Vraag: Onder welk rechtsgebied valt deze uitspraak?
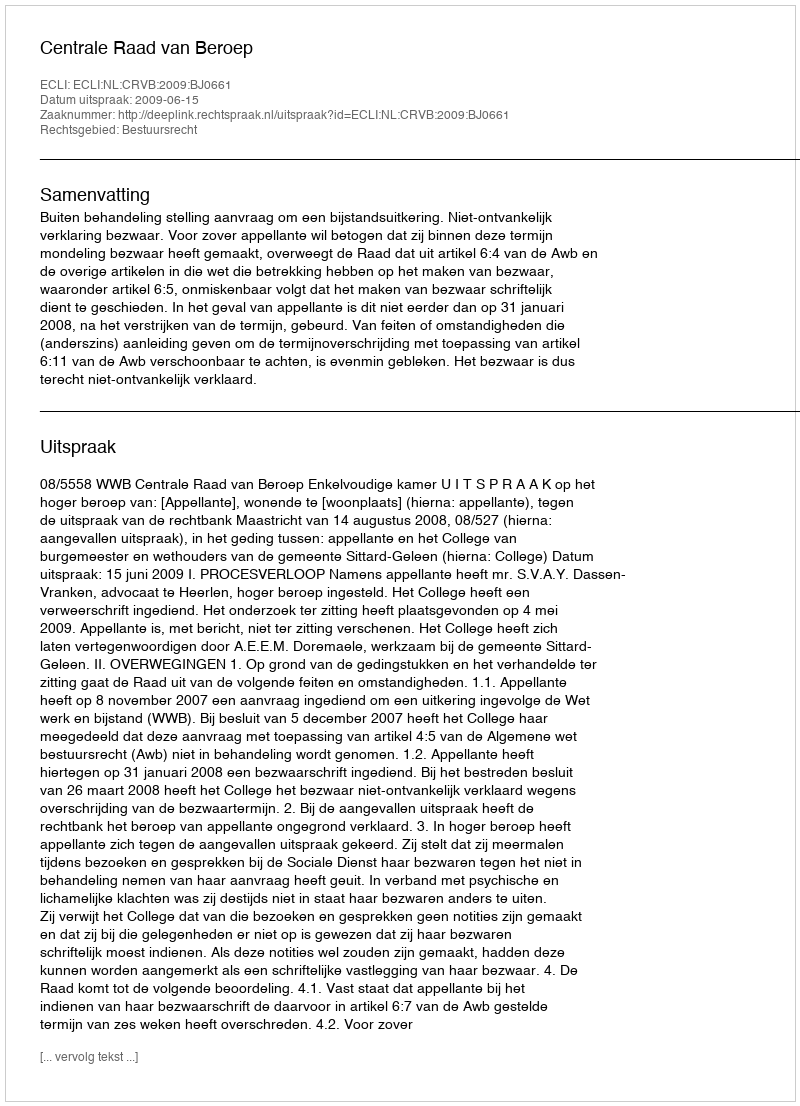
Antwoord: Bestuursrecht